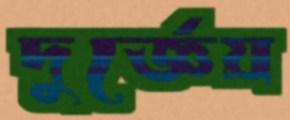
দুর্জ্ঞেয়